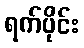
ရက်ပိုင်း